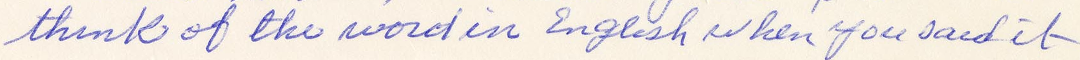
think of the word in English when you said it